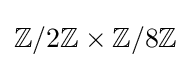
\mathbb {Z} /2\mathbb {Z} \times \mathbb {Z} /8\mathbb {Z}